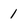
Character: 1